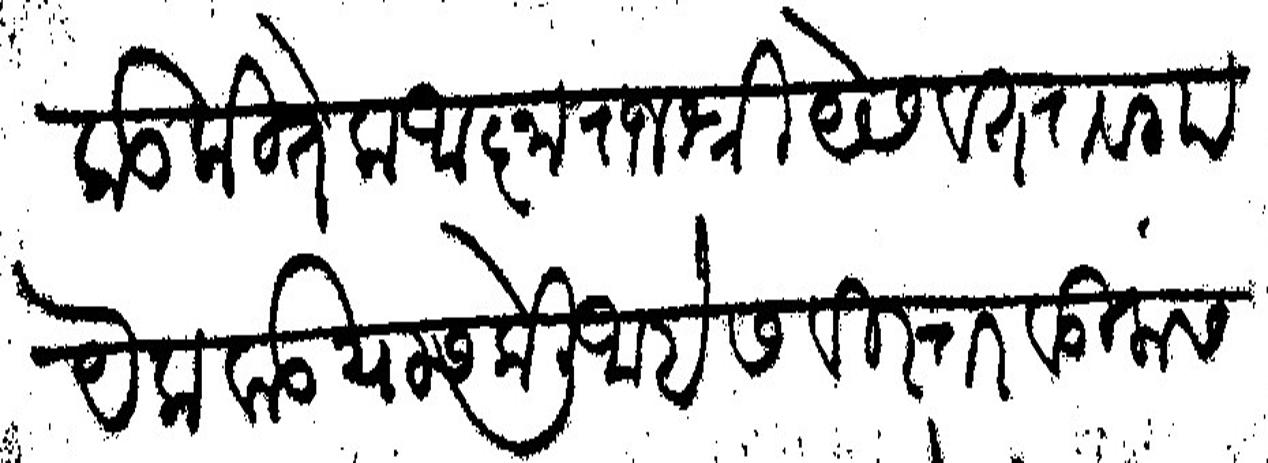
Transliteration (Devanagari): वरकड कितेक आज्ञा राजश्री येसवंतराव गायेकवाड यास केली आहे सविस्तर वडिलांस